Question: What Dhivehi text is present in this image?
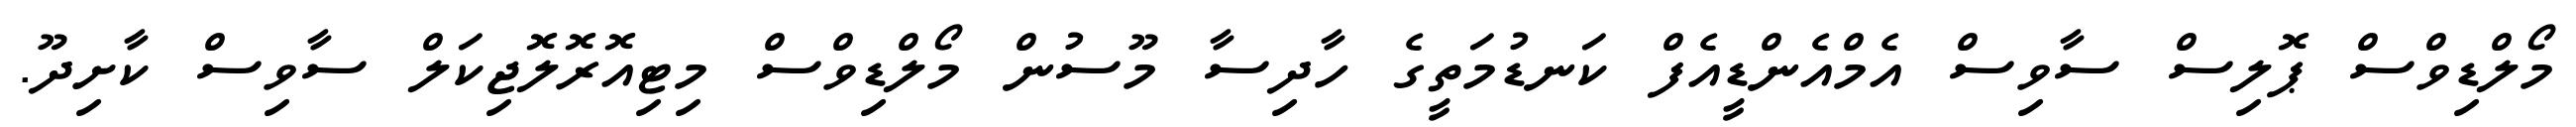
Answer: މޯލްޑިވްސް ޕޮލިސް ސާވިސް އެމްއެންޑީއެފް ކަނޑުމަތީގެ ހާދިސާ މޫސުން މޯލްޑިވްސް މިޓިއޮރޮލޮޖިކަލް ސާވިސް ކާށިދޫ.